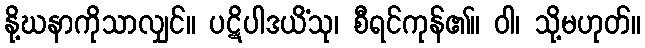
နို့ဃနာကိုသာလျှင်။ ပဋိပါဒယိံသု၊ စီရင်ကုန်၏။ ဝါ၊ သို့မဟုတ်။